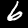
Digit: 6